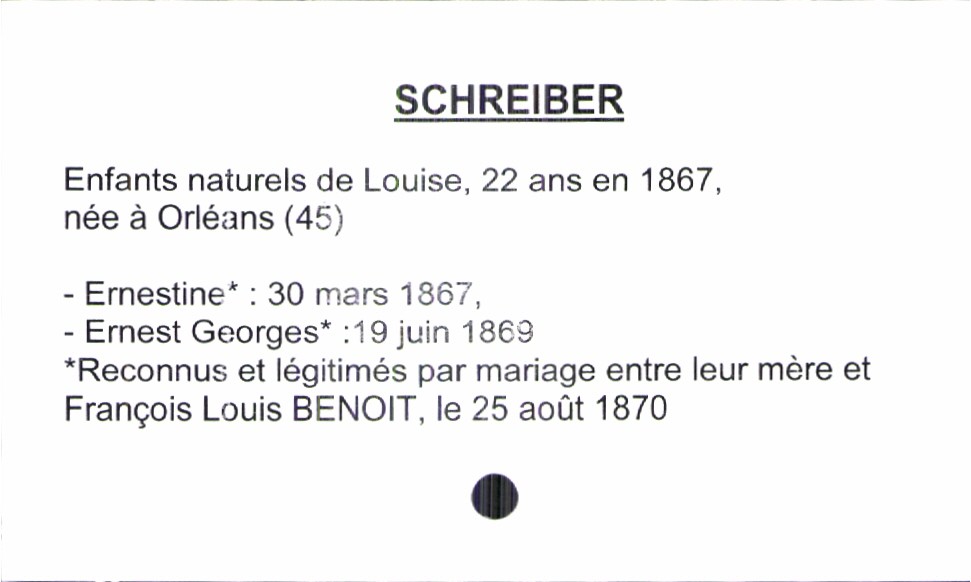
type_acte: Baptême
observations: Enfants reconnus et légitimés par mariage entre leur mère et François Louis Benoit, le 25 août 1870
filiation: fils
enfant_prénom: Ernest Georges
enfant_date_de_naissance: 19 juin 1869
mère_enfant_nom: Schreiber
mère_enfant_prénom: Louise
mère_enfant_âge: 22 ans en 1867
mère_enfant_lieu_de_naissance: Orléans (45)